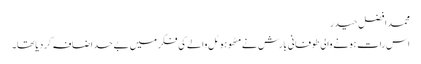
محمد افضل حیدر
اس رات ہونے والی طوفانی بارش نے مٹھو ہوٹل والے کی فکر میں بے حد اضافہ کر دیا تھا۔